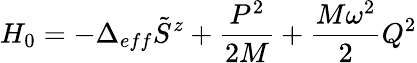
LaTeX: H_{0}=-\Delta_{eff}\tilde{S}^{z}+\frac{P^{2}}{2M}+\frac{M\omega^{2}}{2}Q^{2}